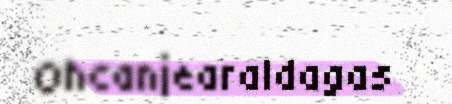
Ohcanjearaldagas